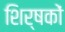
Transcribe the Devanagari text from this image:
शिर्षकों